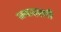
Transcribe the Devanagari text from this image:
जबाददारी